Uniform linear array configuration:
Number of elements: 12
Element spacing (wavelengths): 1
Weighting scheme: exponential
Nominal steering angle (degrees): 45
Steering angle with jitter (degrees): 45.295
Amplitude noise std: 0.05
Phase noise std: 0.05

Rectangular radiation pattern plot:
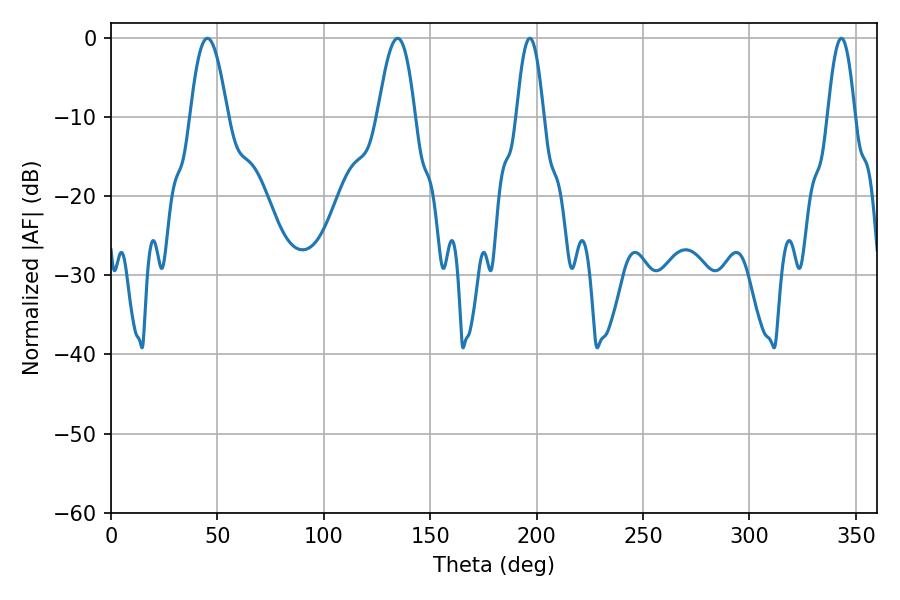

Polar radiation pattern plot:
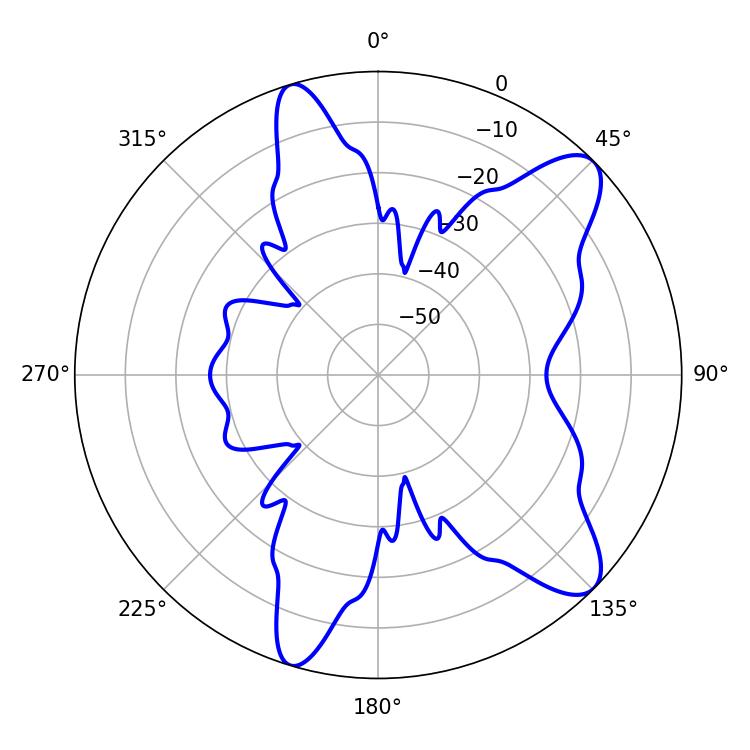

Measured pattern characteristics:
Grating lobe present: TRUE
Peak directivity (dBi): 10.059
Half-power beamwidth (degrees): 9.54
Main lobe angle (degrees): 45.36